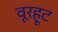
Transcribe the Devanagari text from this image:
वूरहूट